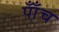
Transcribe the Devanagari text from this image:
पाँँच